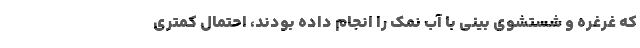
که غرغره و شستشوی بینی با آب نمک را انجام داده بودند، احتمال کمتری